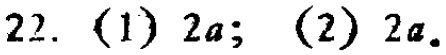
22. (1) \(2a\); (2) \(2a\).